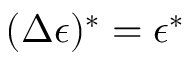
( \Delta \epsilon ) ^ { * } = \epsilon ^ { * }